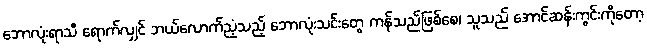
ဘောလုံးရာသီ ရောက်လျှင် ဘယ်လောက်ညံ့သည့် ဘောလုံးသင်းတွေ ကန်သည်ဖြစ်စေ၊ သူသည် အောင်ဆန်းကွင်းကိုတော့